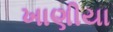
ખાણીયા